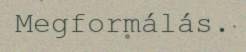
Megformálás.